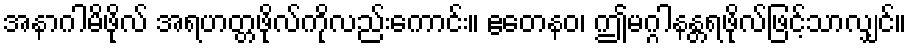
အနာဂါမိဖိုလ် အရဟတ္တဖိုလ်ကိုလည်းကောင်း။ ဧတေနဝ၊ ဤမဂ္ဂါနန္တရဖိုလ်ဖြင့်သာလျှင်။